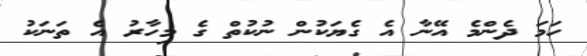
ހަމަ ދެންމެ އޭނާ އެ ގެޔަކުން ނުކުތް ގެ މިހާރު އެ ތަނަކު